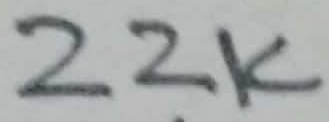
Text: 22K